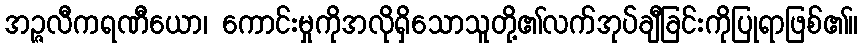
အဉ္ဇလီကရဏီယော၊ ကောင်းမှုကိုအလိုရှိသောသူတို့၏လက်အုပ်ချီခြင်းကိုပြုရာဖြစ်၏။